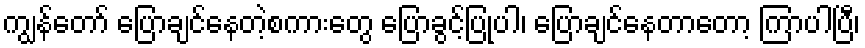
ကျွန်တော် ပြောချင်နေတဲ့စကားတွေ ပြောခွင့်ပြုပါ၊ ပြောချင်နေတာတော့ ကြာပါပြီ၊